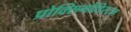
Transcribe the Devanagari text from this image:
प्रोक्सिमोडिस्टल